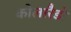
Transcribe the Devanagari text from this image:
कोलारैडो